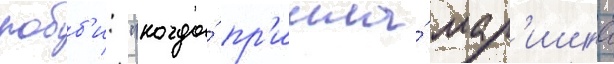
робб'и: "когда́ пр'ишла́ мар'ишка